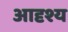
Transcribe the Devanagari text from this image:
आदृश्य